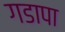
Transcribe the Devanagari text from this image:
गडापा